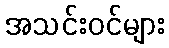
အသင်းဝင်များ